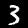
Label: 3